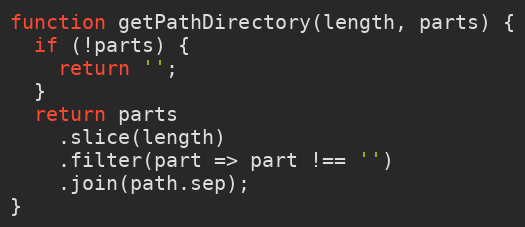
Language: JavaScript
function getPathDirectory(length, parts) {
  if (!parts) {
    return '';
  }
  return parts
    .slice(length)
    .filter(part => part !== '')
    .join(path.sep);
}